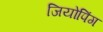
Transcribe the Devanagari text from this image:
जियोपिंग